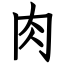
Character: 肉